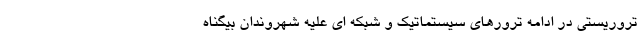
تروریستی در ادامه ترورهای سیستماتیک و شبکه ای علیه شهروندان بیگناه